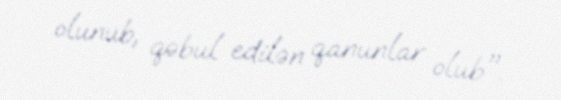
olunub, qəbul edilən qanunlar olub".